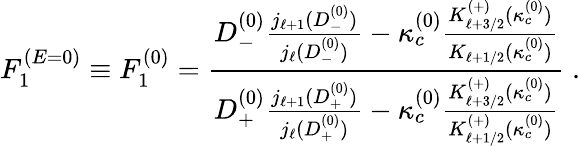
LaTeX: F_{1}^{(E=0)}\equiv F_{1}^{(0)}=\frac{D_{-}^{(0)}\frac{j_{\ell+1}(D_{-}^{(0)})}{j_{\ell}(D_{-}^{(0)})}-\kappa_{c}^{(0)}\frac{K_{\ell+3/2}^{(+)}(\kappa_{c}^{(0)})}{K_{\ell+1/2}(\kappa_{c}^{(0)})}}{D_{+}^{(0)}\frac{j_{\ell+1}(D_{+}^{(0)})}{j_{\ell}(D_{+}^{(0)})}-\kappa_{c}^{(0)}\frac{K_{\ell+3/2}^{(+)}(\kappa_{c}^{(0)})}{K_{\ell+1/2}^{(+)}(\kappa_{c}^{(0)})}}\; .